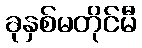
ခုနှစ်မတိုင်မီ